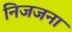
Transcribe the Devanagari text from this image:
निजजना